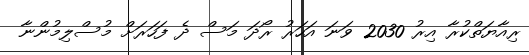
ރިއާޔަތްކުރާ އިރު 2030 ވަނަ އަހަރު ރޯދަ މަސް ދެ ފަހަރަށް މުސްލިމުންނާ